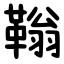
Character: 䩺